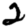
Digit: 2